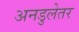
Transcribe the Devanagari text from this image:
अनडुलेतर